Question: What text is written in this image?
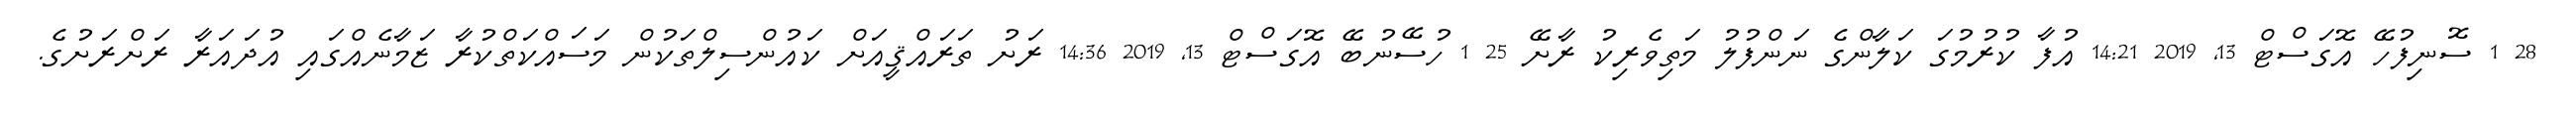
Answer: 28 1 ސޮނިފުހޭ އޮގަސްޓް 13, 2019 14:21 އުފާ ކުރުމުގަ ކަލާންގެ ނަންފުލު މަތިވެރިކު ރާށޭ 25 1 ހުސޭނުބޭ އޮގަސްޓް 13, 2019 14:36 ރަށު ތަރައްޤީއަށް ކައުންސިލްތަކުން މަސައްކަތްކުރާ ޒަމާނެއްގައި އުދައަރާ ރަށްރަށުގެ.